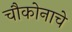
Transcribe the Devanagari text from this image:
चौकोनाचे